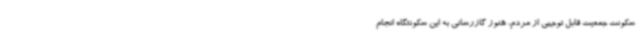
سکونت جمعیت قابل توجهی از مردم، هنوز گازرسانی به این سکونتگاه انجام